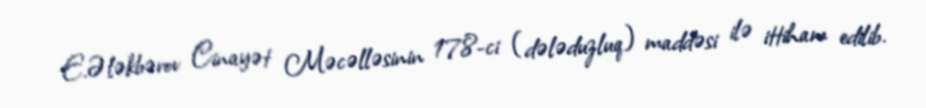
E.Ələkbərov Cinayət Məcəlləsinin 178-ci (dələduzluq) maddəsi ilə ittiham edilib.